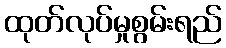
ထုတ်လုပ်မှုစွမ်းရည်